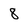
Character: 8